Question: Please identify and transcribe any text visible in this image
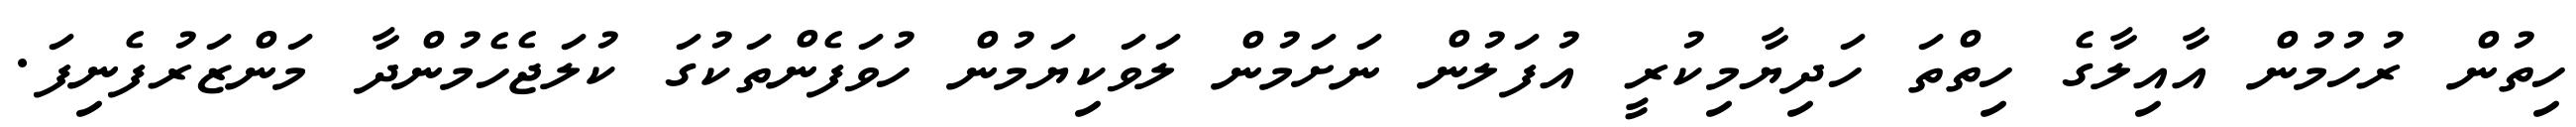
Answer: ހިތުން ރުހުމުން އާއިލާގެ ހިތްތަ ހަދިޔާމިކުރީ އުފަލުން ނަށަމުން ލަވަކިޔަމުން ހުވަފެންތަކުގަ ކުލަޖެހެމުންދާ މަންޒަރުފެނިފަ.